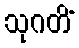
သုဂတိံ